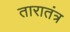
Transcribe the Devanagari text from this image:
तारातंत्र